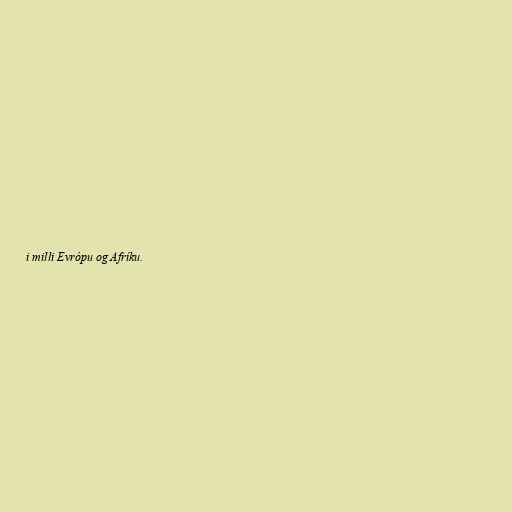
i milli Evrópu og Afríku.